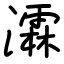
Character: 瀮